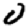
Digit: 0